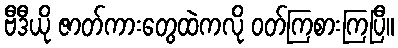
ဗီဒီယို ဇာတ်ကားတွေထဲကလို ဝတ်ကြစားကြပြီ။